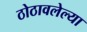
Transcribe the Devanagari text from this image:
ठोठावलेल्या